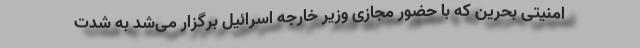
امنیتی بحرین که با حضور مجازی وزیر خارجه اسرائیل برگزار می‌شد به شدت